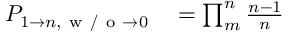
\begin{array} { r l } { P _ { 1 \to n , \mathrm { ~ w ~ / ~ o ~ } \to 0 } } & { { } = \prod _ { m } ^ { n } \frac { n - 1 } { n } } \end{array}